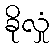
ခိုလှုံ